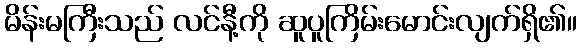
မိန်းမကြီးသည် လင်နီ့ကို ဆူပူကြိမ်းမောင်းလျက်ရှိ၏။